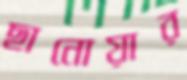
ছানোয়ার